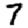
Digit: 7